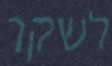
לשקר